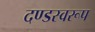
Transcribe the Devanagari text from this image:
दण्डस्वरूप